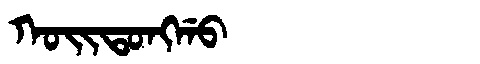
Manchu: ᡴᠣᡳᡨᠣᠩᡤᠣ
Romanization: KOITONGGO